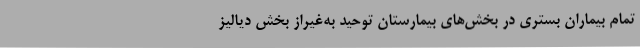
تمام بیماران بستری در بخش‌های بیمارستان توحید به‌غیراز بخش دیالیز